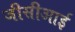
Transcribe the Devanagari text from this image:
जीसीआई